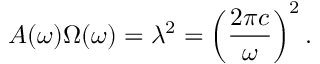
A ( \omega ) \Omega ( \omega ) = \lambda ^ { 2 } = \left( \frac { 2 \pi c } { \omega } \right) ^ { 2 } .